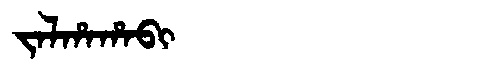
Manchu: ᠵᠠᠯᡥᠠᡥᠠᠪᡳ
Romanization: JALHAHABI